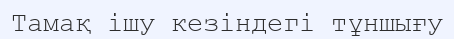
Тамақ ішу кезіндегі тұншығу